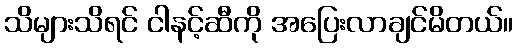
သိများသိရင် ငါနင့်ဆီကို အပြေးလာချင်မိတယ်။